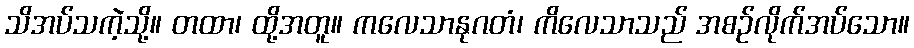
သိအပ်သကဲ့သို့။ တထာ၊ ထို့အတူ။ ကလေသာနုဂတံ၊ ကိလေသာသည် အစဉ်လိုက်အပ်သော။